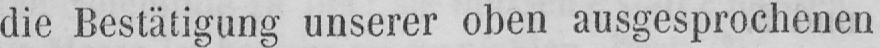
die Bestätigung unserer oben ausgesprochenen